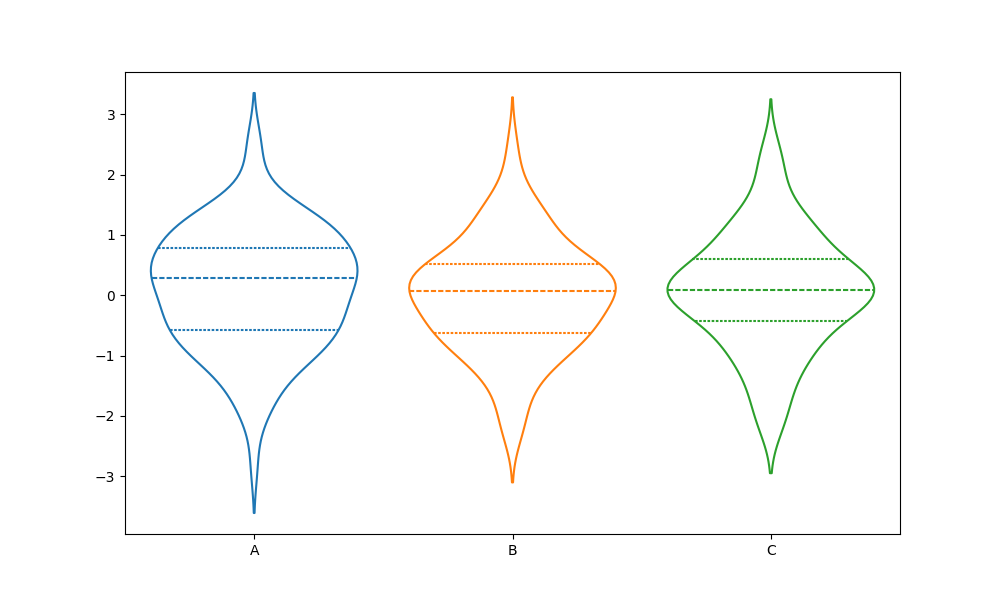
python, seaborn, violinplot, scale='width', split='False', inner='quart', fill='False'